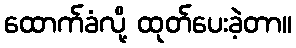
ထောက်ခံလို့ ထုတ်ပေးခဲ့တာ။